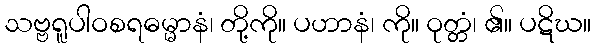
သဗ္ဗရူပါဝစရဓမ္မာနံ၊ တို့ကို။ ပဟာနံ၊ ကို။ ဝုတ္တံ၊ ၏။ ပဋိဃ။